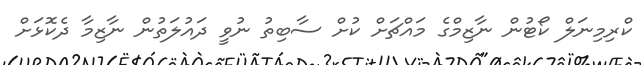
ކްރިމިނަލް ކޯޓުން ނާޒިމްގެ މައްޗަށް ކުށް ސާބިތު ނުވީ ދައުލަތުން ނާޒިމާ ދެކޮޅަށް